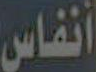
أنفاس